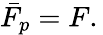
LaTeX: \begin{array}{r}{\bar{F}_{p}=F.\, }\end{array}